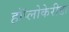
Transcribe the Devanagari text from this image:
हॉप्लोकेरीडा